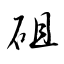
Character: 砠